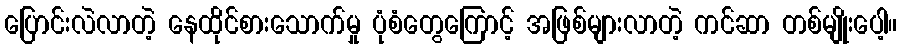
ပြောင်းလဲလာတဲ့ နေထိုင်စားသောက်မှု ပုံစံတွေကြောင့် အဖြစ်များလာတဲ့ ကင်ဆာ တစ်မျိုးပေါ့။